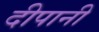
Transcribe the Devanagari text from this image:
दीपानी